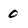
Character: 0